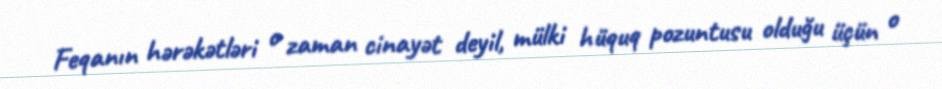
Feqanın hərəkətləri o zaman cinayət deyil, mülki hüquq pozuntusu olduğu üçün o